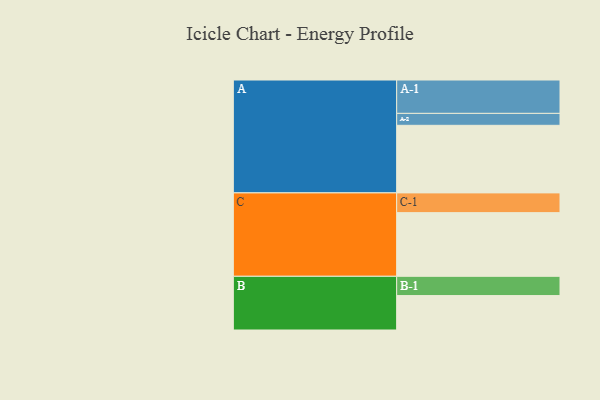
{"axis": {"x": "Segment", "y": "Value"}, "legend": ["", "A", "B", "C"], "data": [{"x": "A", "y": 589, "type": ""}, {"x": "B", "y": 300, "type": ""}, {"x": "C", "y": 555, "type": ""}, {"x": "A-1", "y": 291, "type": "A"}, {"x": "A-2", "y": 104, "type": "A"}, {"x": "B-1", "y": 168, "type": "B"}, {"x": "C-1", "y": 172, "type": "C"}]}